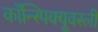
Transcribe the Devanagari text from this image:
कॉन्स्पिक्यूवस्ली